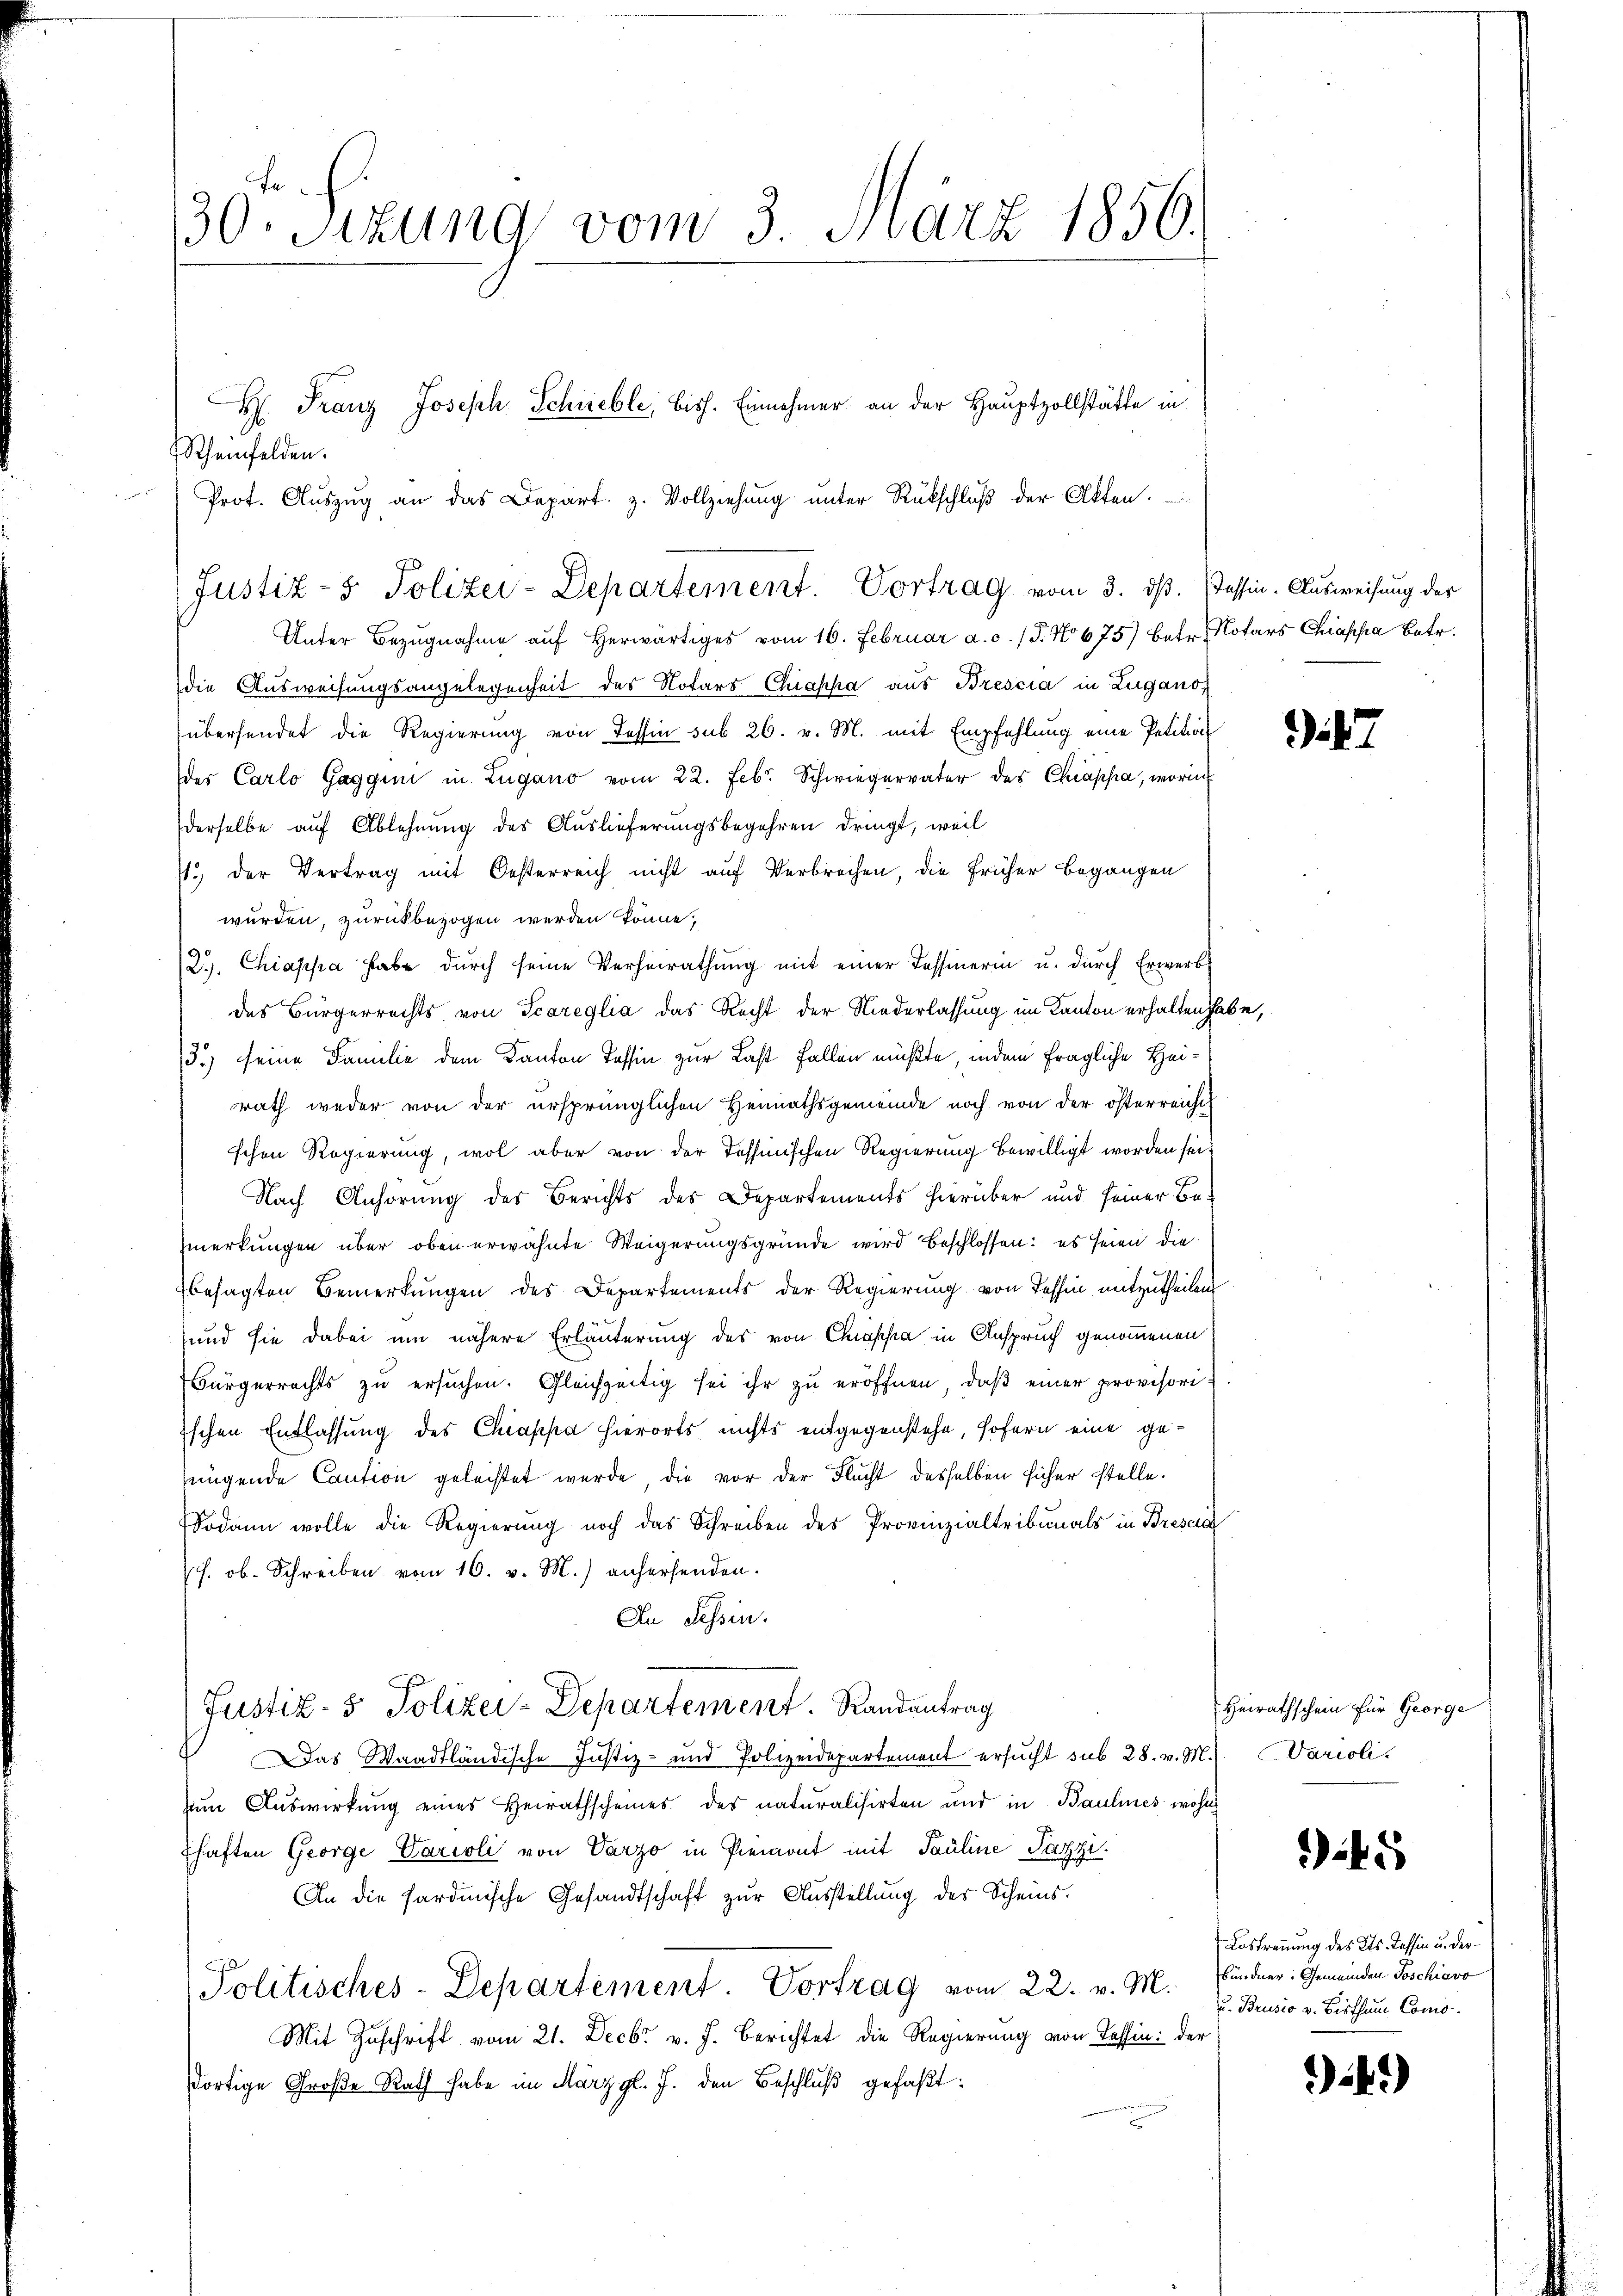
30. Sizung vom 3. März 1850.
H: Franz Joseph Schneble, biss. Einnehmer an der Hauptzollstätte in

Scheinfelden.

Unter Bezugnahme aŭf herwärtiges vom 16. Februar a. c. (T. No 675) betr. Notars Chiapha Betr.
die Ausweisungsangelegenheit des Notars Chiappa aus Brescia in Zuganos
übersendet die Regierung von Tessin sub 26. v. M. mit Empfehlung eine Petition
des Carlo Gaggun in Zugano vom 22. Febr. Schwiegervater des Chappa, worin
derselbe auf Ablehnung des Auslieferungsbegehren dringt, weil
11. der Vertrag mit Oesterreich nicht auf Verbrechen, die früher begangen
wurden, zurückbezogen werden könne,
2. Chiappa habe dŭrch seine Verheirathŭng mit einer Tessinerin u. dŭrch Erwerbs
des Bürgerrechts von Scareglia das Recht der Niederlassung im Kanton erhalten habe,
3.) seine Familie dem Kanton Tessin zur Last fallen müßte, indem fragliche Heirath weder von der ursprünglichen Hennathsgemeinde noch von der österreicht
schen Regierung, wol aber von der Tessinischen Regierung bewilligt worden sei,
Nach Anhörung des Berichts des Departements hierüber und seiner Be-
merkungen über oben erwähnte Weigerungsgründe wird beschlossen: es seien die
besagten Bemerkungen des Departements der Regierung von Tessin mitzutheilen
und sie dabei um nähere Erläuterung des von Chappa in Anspruch genommenen
Bürgerrechts zŭ ersŭchen. Gleichzeitig sei ihr zŭ eröffnen, daβ einer provisori¬
Eschen Entlassung des Chappa hierorts nichts entgegenstehe, sofern eine genügende Caution geleistet werde, die vor der Flucht desselben sicher stelle.
Sodann wolle die Regierung noch das Schreiben des Provinzialtribunals in Brescia
s. ob. Schreiben vom 16. v. M.) anhersenden.
An Tessin.
Justiz- & Polizei-Departement. Randantrag
Das Waadtländische Justiz- und Polizeidepartement ersucht sub 28. v. M. Varioli
zum Auswirkung eines Heirathscheines des naturalisirten und in Baulines wohn
Ehaften George Varioli von Varzo in Piemont mit Pauline Pazzi.
An die Sardinische Gesandtschaft zŭr Aŭsstellŭng des Scheins.
Politisches-Departement. Vortrag vom 22. v. M. Bündner: Gemeinden Poschiavo
Mit Zuschrift vom 21. Decbr v. J. Berichtet die Regierung von Tessin: der
dortige Große Rath habe im März gl. J. den Beschluß gefaßt:

Prot. Aŭszŭg an das Depart. z. Vollziehung unter Rückschlŭβ der Akten.

Justiz- & Polizei-Departement. Vortrag vom 3. dß. Tessin. Ausweisung der

.2.

Heirathschein für George

45

Lostrennung des Kts. Tessin u. der
u. Brusio v. Bisthum Como¬

.)